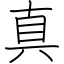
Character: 真